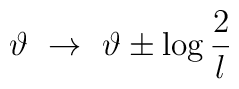
\vartheta \, \, \rightarrow \, \, \vartheta \pm \log \frac{2}{l}